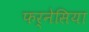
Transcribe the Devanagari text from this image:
फर्नेसिया